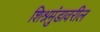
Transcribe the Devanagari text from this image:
शिश्नमुंडावरील